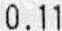
0.11